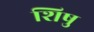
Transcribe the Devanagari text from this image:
शिषु